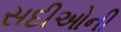
સદીઓની